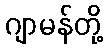
ဂျာမန်တို့